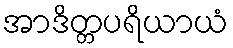
အာဒိတ္တပရိယာယံ